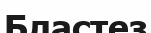
Бластез